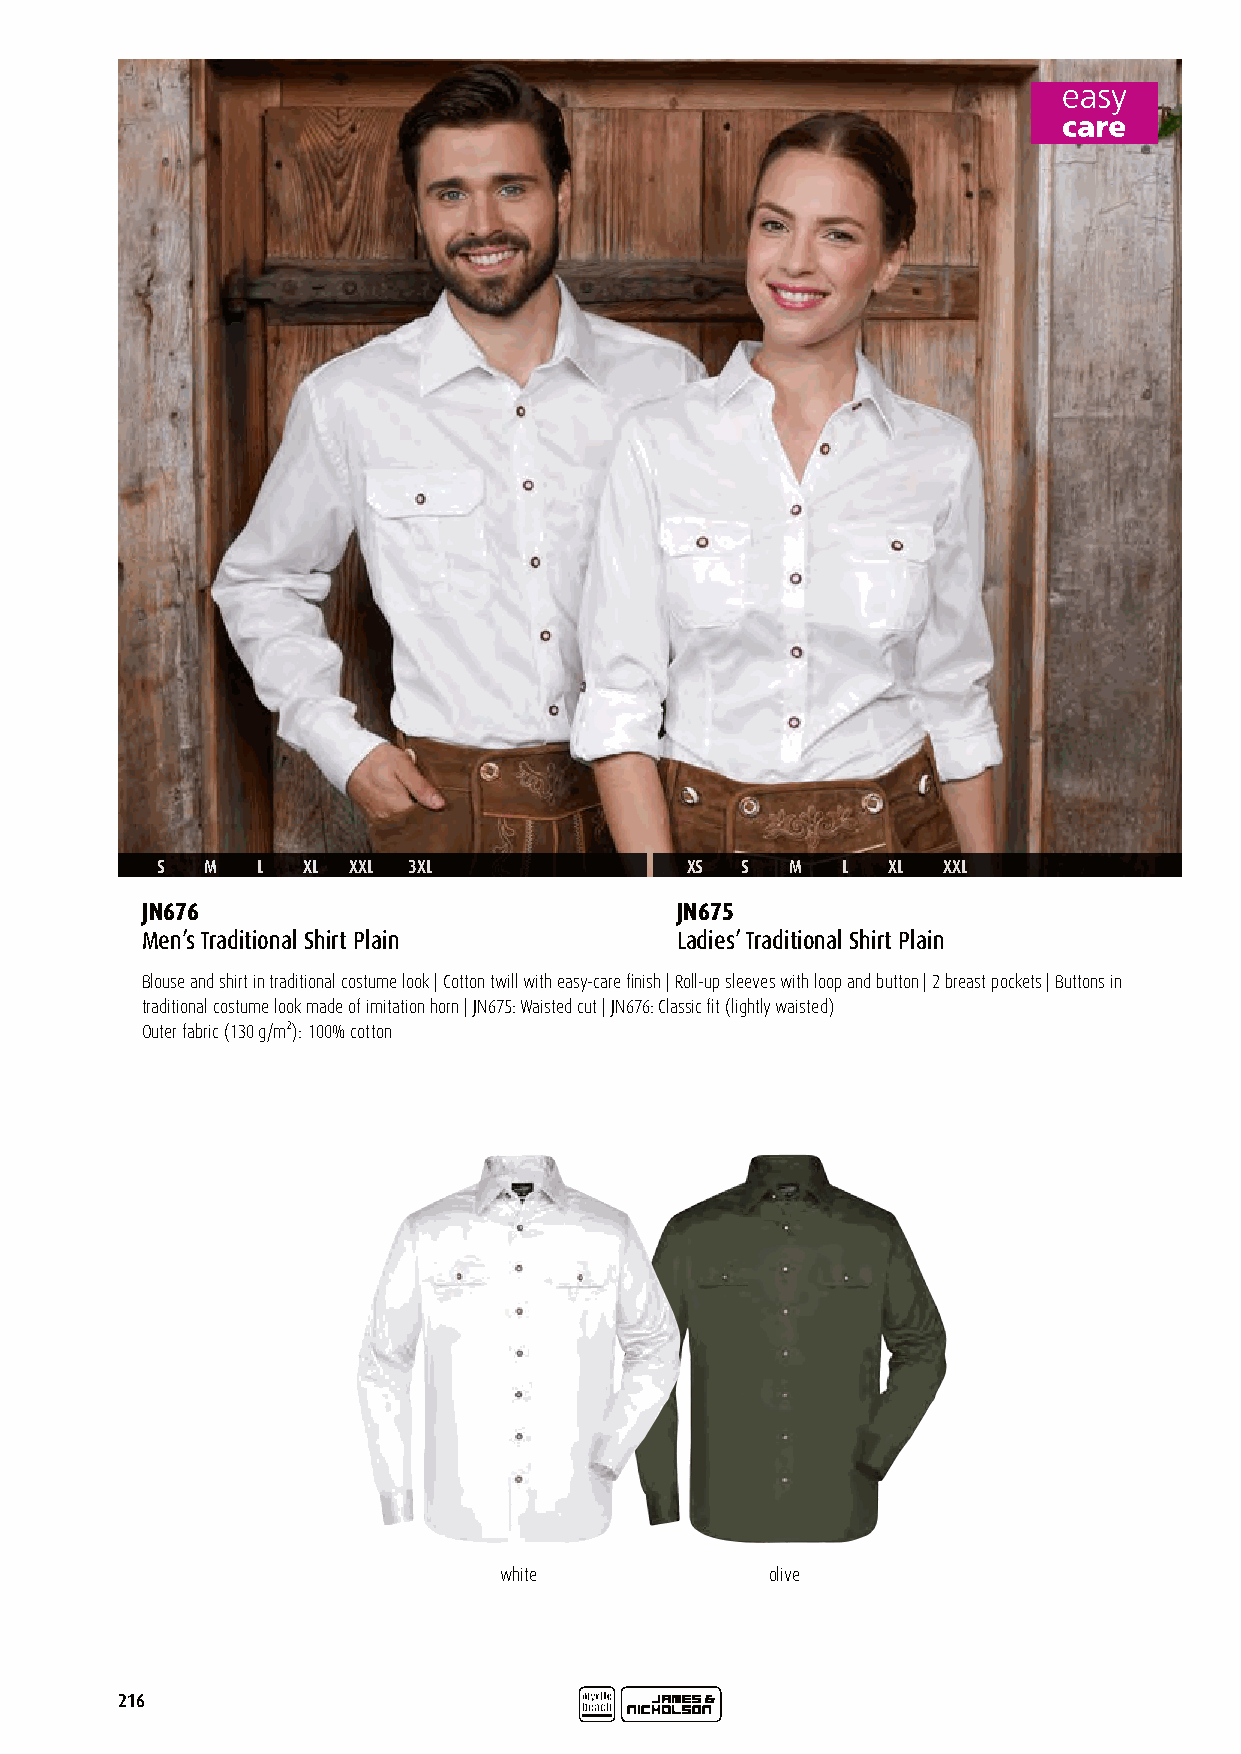
S   M  L  XL XXL 3XL               XS  S  M   L  XL XXL
 JN676                               JN675
 Men’s Traditional Shirt Plain       Ladies’ Traditional Shirt Plain
 Blouse and shirt in traditional costume look | Cotton twill with easy-care finish | Roll-up sleeves with loop and button | 2 breast pockets | Buttons in
 traditional costume look made of imitation horn | JN675: Waisted cut | JN676: Classic fit (lightly waisted)
 Outer fabric (130 g/m²): 100% cotton
 white             olive
 216